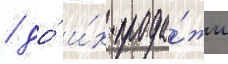
/ до́ и́х прода́жи